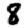
Digit: 8